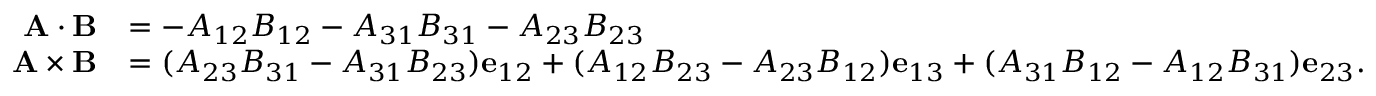
{ \begin{array} { r l } { \mathbf { A } \cdot \mathbf { B } } & { = - A _ { 1 2 } B _ { 1 2 } - A _ { 3 1 } B _ { 3 1 } - A _ { 2 3 } B _ { 2 3 } } \\ { \mathbf { A } \times \mathbf { B } } & { = ( A _ { 2 3 } B _ { 3 1 } - A _ { 3 1 } B _ { 2 3 } ) \mathbf { e } _ { 1 2 } + ( A _ { 1 2 } B _ { 2 3 } - A _ { 2 3 } B _ { 1 2 } ) \mathbf { e } _ { 1 3 } + ( A _ { 3 1 } B _ { 1 2 } - A _ { 1 2 } B _ { 3 1 } ) \mathbf { e } _ { 2 3 } . } \end{array} }